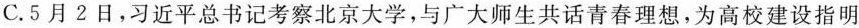
C.5月2日，习近平总书记考察北京大学，与广大师生共话青春理想，为高校建设指明